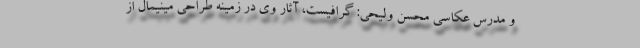
و مدرس عکاسی محسن ولیحی: گرافیست، آثار وی در زمینه طراحی مینیمال از